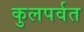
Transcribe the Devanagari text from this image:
कुलपर्वत